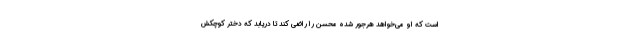
است که او می‌خواهد هرجور شده محسن را راضی کند تا دریابد که دختر کوچکش